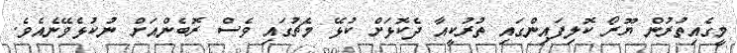
މީގެއިތުރުން ޔޫރޯ ކޮލިފައިންގައި ތުރުކީއާ ދެކޮޅަށް ކުޅޭ މެޗުގައި ވެސް ރޮބެންއަށް ނުކުޅެވޭނެއެވެ.